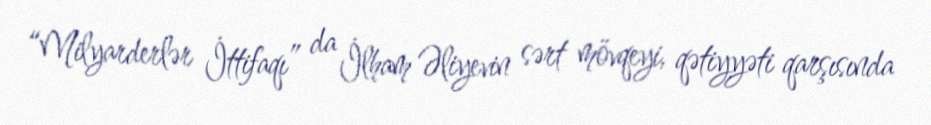
“Milyarderlər İttifaqı” da İlham Əliyevin sərt mövqeyi, qətiyyəti qarşısında